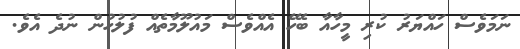
ނަމަވެސް ހައްޔަރު ކުރި މީހާާއާ ބެހޭ އެއްވެސް މައުލޫމާތެއް ފުލުހުން ނުދެ އެވެ.